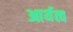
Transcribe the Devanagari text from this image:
आर्यत्व